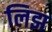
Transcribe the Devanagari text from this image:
लिझ